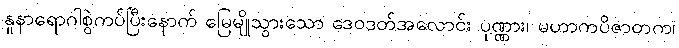
နူနာရောဂါစွဲကပ်ပြီးနောက် မြေမျိုသွားသော ဒေဝဒတ်အလောင်း ပုဏ္ဏား၊ မဟာကပိဇာတက၊